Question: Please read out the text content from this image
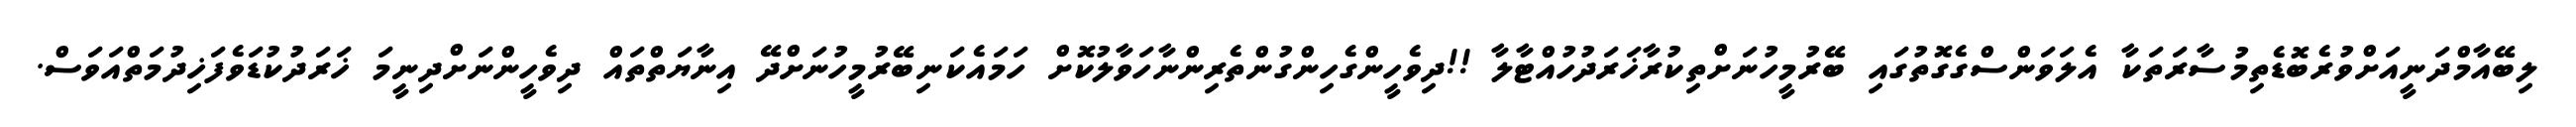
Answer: ލިބޭއާމްދަނީއަށްވުރެބޮޑެތިމުސާރަތަކާ އެލަވަންސްގެގޮތުގައި ބޭރުމީހުނަށްތިކުރާޚަރަދުހުއްޓާލާ !!ދިވެހީންގެހިންގުންތެރިންނާހަވާލުކޮށް ހަމައެކަނިބޭރުމީހުނަށްދޭ އިނާޔަތްތައް ދިވެހީންނަށްދިނީމަ ޚަރަދުކުޑަވެފަޚިދުމަތްއަވަސް.